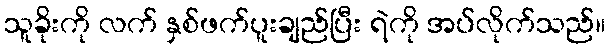
သူခိုးကို လက် နှစ်ဖက်ပူးချည်ပြီး ရဲကို အပ်လိုက်သည်။